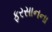
ફરસાનના